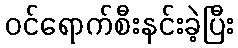
ဝင်ရောက်စီးနင်းခဲ့ပြီး